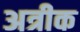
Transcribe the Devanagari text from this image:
अत्रीक